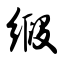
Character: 缎